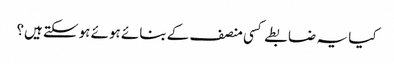
کیا یہ ضابطے کسی منصف کے بنائے ہوئے ہوسکتے ہیں؟